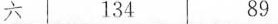
六 134 89